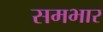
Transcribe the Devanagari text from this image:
समभार